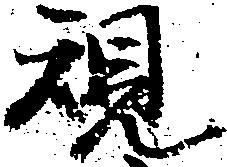
規